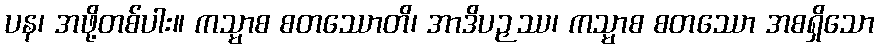
ပန၊ အဖို့တစ်ပါး။ ကသ္မာစ စတဿောတိ၊ အာဒိပဉှဿ၊ ကသ္မာစ စတဿော အစရှိသော